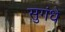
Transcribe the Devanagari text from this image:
सुगंधे